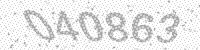
Solution: 040863